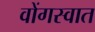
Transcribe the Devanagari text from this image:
वोंगस्वात